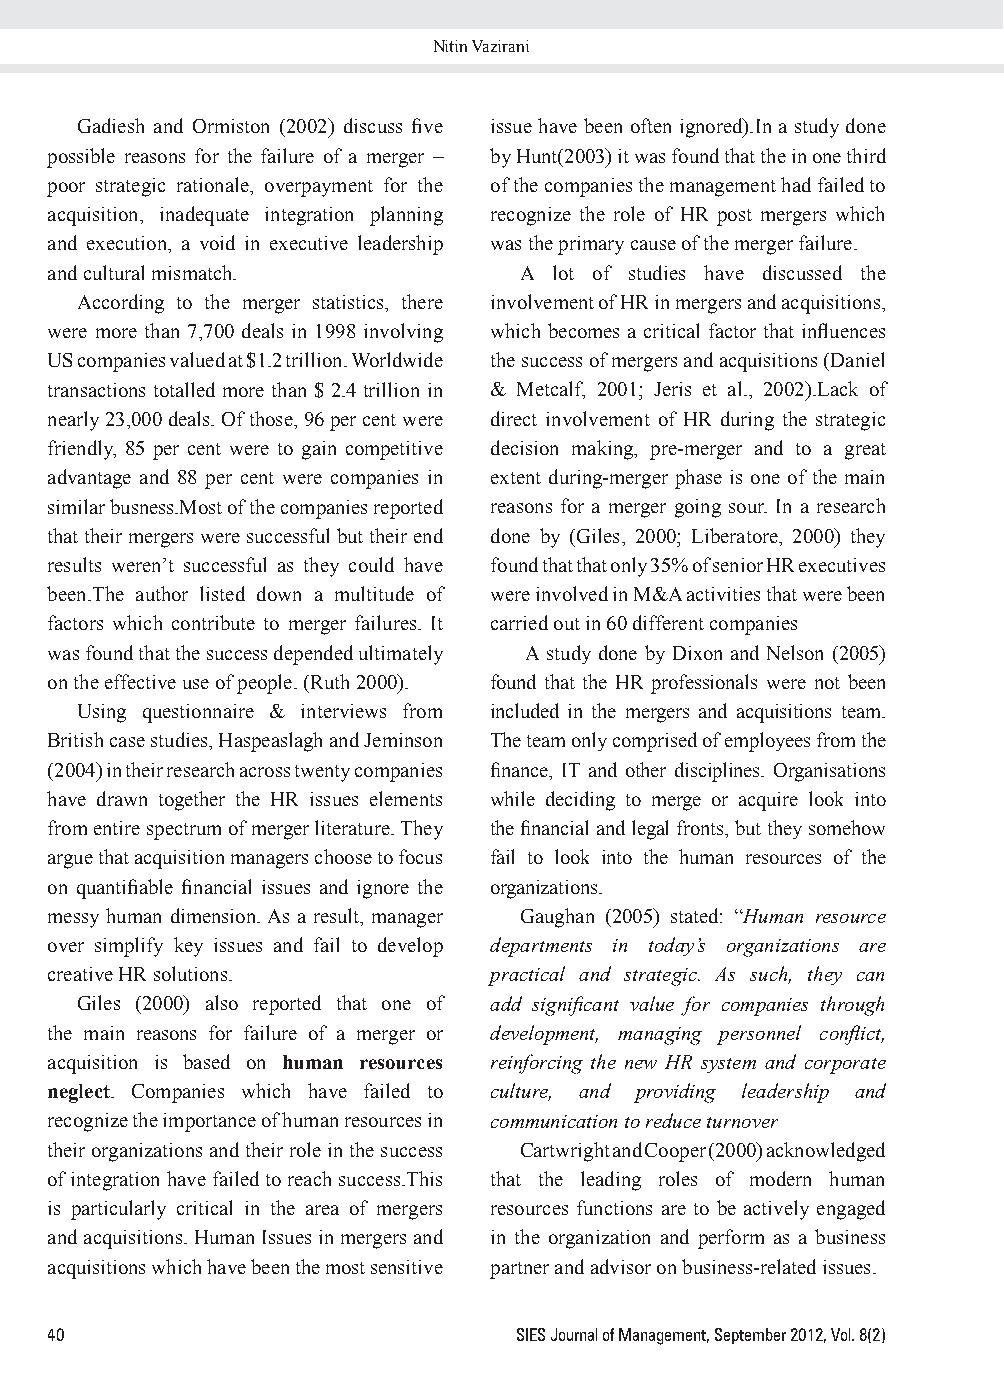
Nitin Vazirani
 Gadiesh and Ormiston (2002) discuss five issue have been often ignored).In a study done
 possible reasons for the failure of a merger – by Hunt(2003) it was found that the in one third
 poor strategic rationale, overpayment for the of the companies the management had failed to
 acquisition, inadequate integration planning recognize the role of HR post mergers which
 and execution, a void in executive leadership was the primary cause of the merger failure.
 and cultural mismatch.         A  lot of studies have discussed the
 According to the merger statistics, there involvement of HR in mergers and acquisitions,
 were more than 7,700 deals in 1998 involving which becomes a critical factor that influences
 US companies valued at $1.2 trillion. Worldwide the success of mergers and acquisitions (Daniel
 transactions totalled more than $ 2.4 trillion in & Metcalf, 2001; Jeris et al., 2002).Lack of
 nearly 23,000 deals. Of those, 96 per cent were direct involvement of HR during the strategic
 friendly, 85 per cent were to gain competitive decision making, pre-merger and to a great
 advantage and 88 per cent were companies in extent during-merger phase is one of the main
 similar busness.Most of the companies reported reasons for a merger going sour. In a research
 that their mergers were successful but their end done by (Giles, 2000; Liberatore, 2000) they
 results weren’t successful as they could have found that that only 35% of senior HR executives
 been.The author listed down a multitude of were involved in M&A activities that were been
 factors which contribute to merger failures. It carried out in 60 different companies
 was found that the success depended ultimately A study done by Dixon and Nelson (2005)
 on the effective use of people. (Ruth 2000). found that the HR professionals were not been
 Using questionnaire & interviews from included in the mergers and acquisitions team.
 British case studies, Haspeaslagh and Jeminson The team only comprised of employees from the
 (2004) in their research across twenty companies finance, IT and other disciplines. Organisations
 have drawn together the HR issues elements while deciding to merge or acquire look into
 from entire spectrum of merger literature. They the financial and legal fronts, but they somehow
 argue that acquisition managers choose to focus fail to look into the human resources of the
 on quantifiable financial issues and ignore the organizations.
 messy human dimension. As a result, manager Gaughan (2005) stated: “Human resource
 over simplify key issues and fail to develop departments in today’s organizations are
 creative HR solutions.       practical and strategic. As such, they can
 Giles (2000) also reported that one of add significant value for companies through
 the main reasons for failure of a merger or development, managing personnel conflict,
 acquisition is based on human resources reinforcing the new HR system and corporate
 neglect. Companies which have failed to culture, and providing leadership and
 recognize the importance of human resources in communication to reduce turnover
 their organizations and their role in the success Cartwright and Cooper (2000) acknowledged
 of integration have failed to reach success.This that the leading roles of modern human
 is particularly critical in the area of mergers resources functions are to be actively engaged
 and acquisitions. Human Issues in mergers and in the organization and perform as a business
 acquisitions which have been the most sensitive partner and advisor on business-related issues.
 40                             SIES Journal of Management, September 2012, Vol. 8(2)